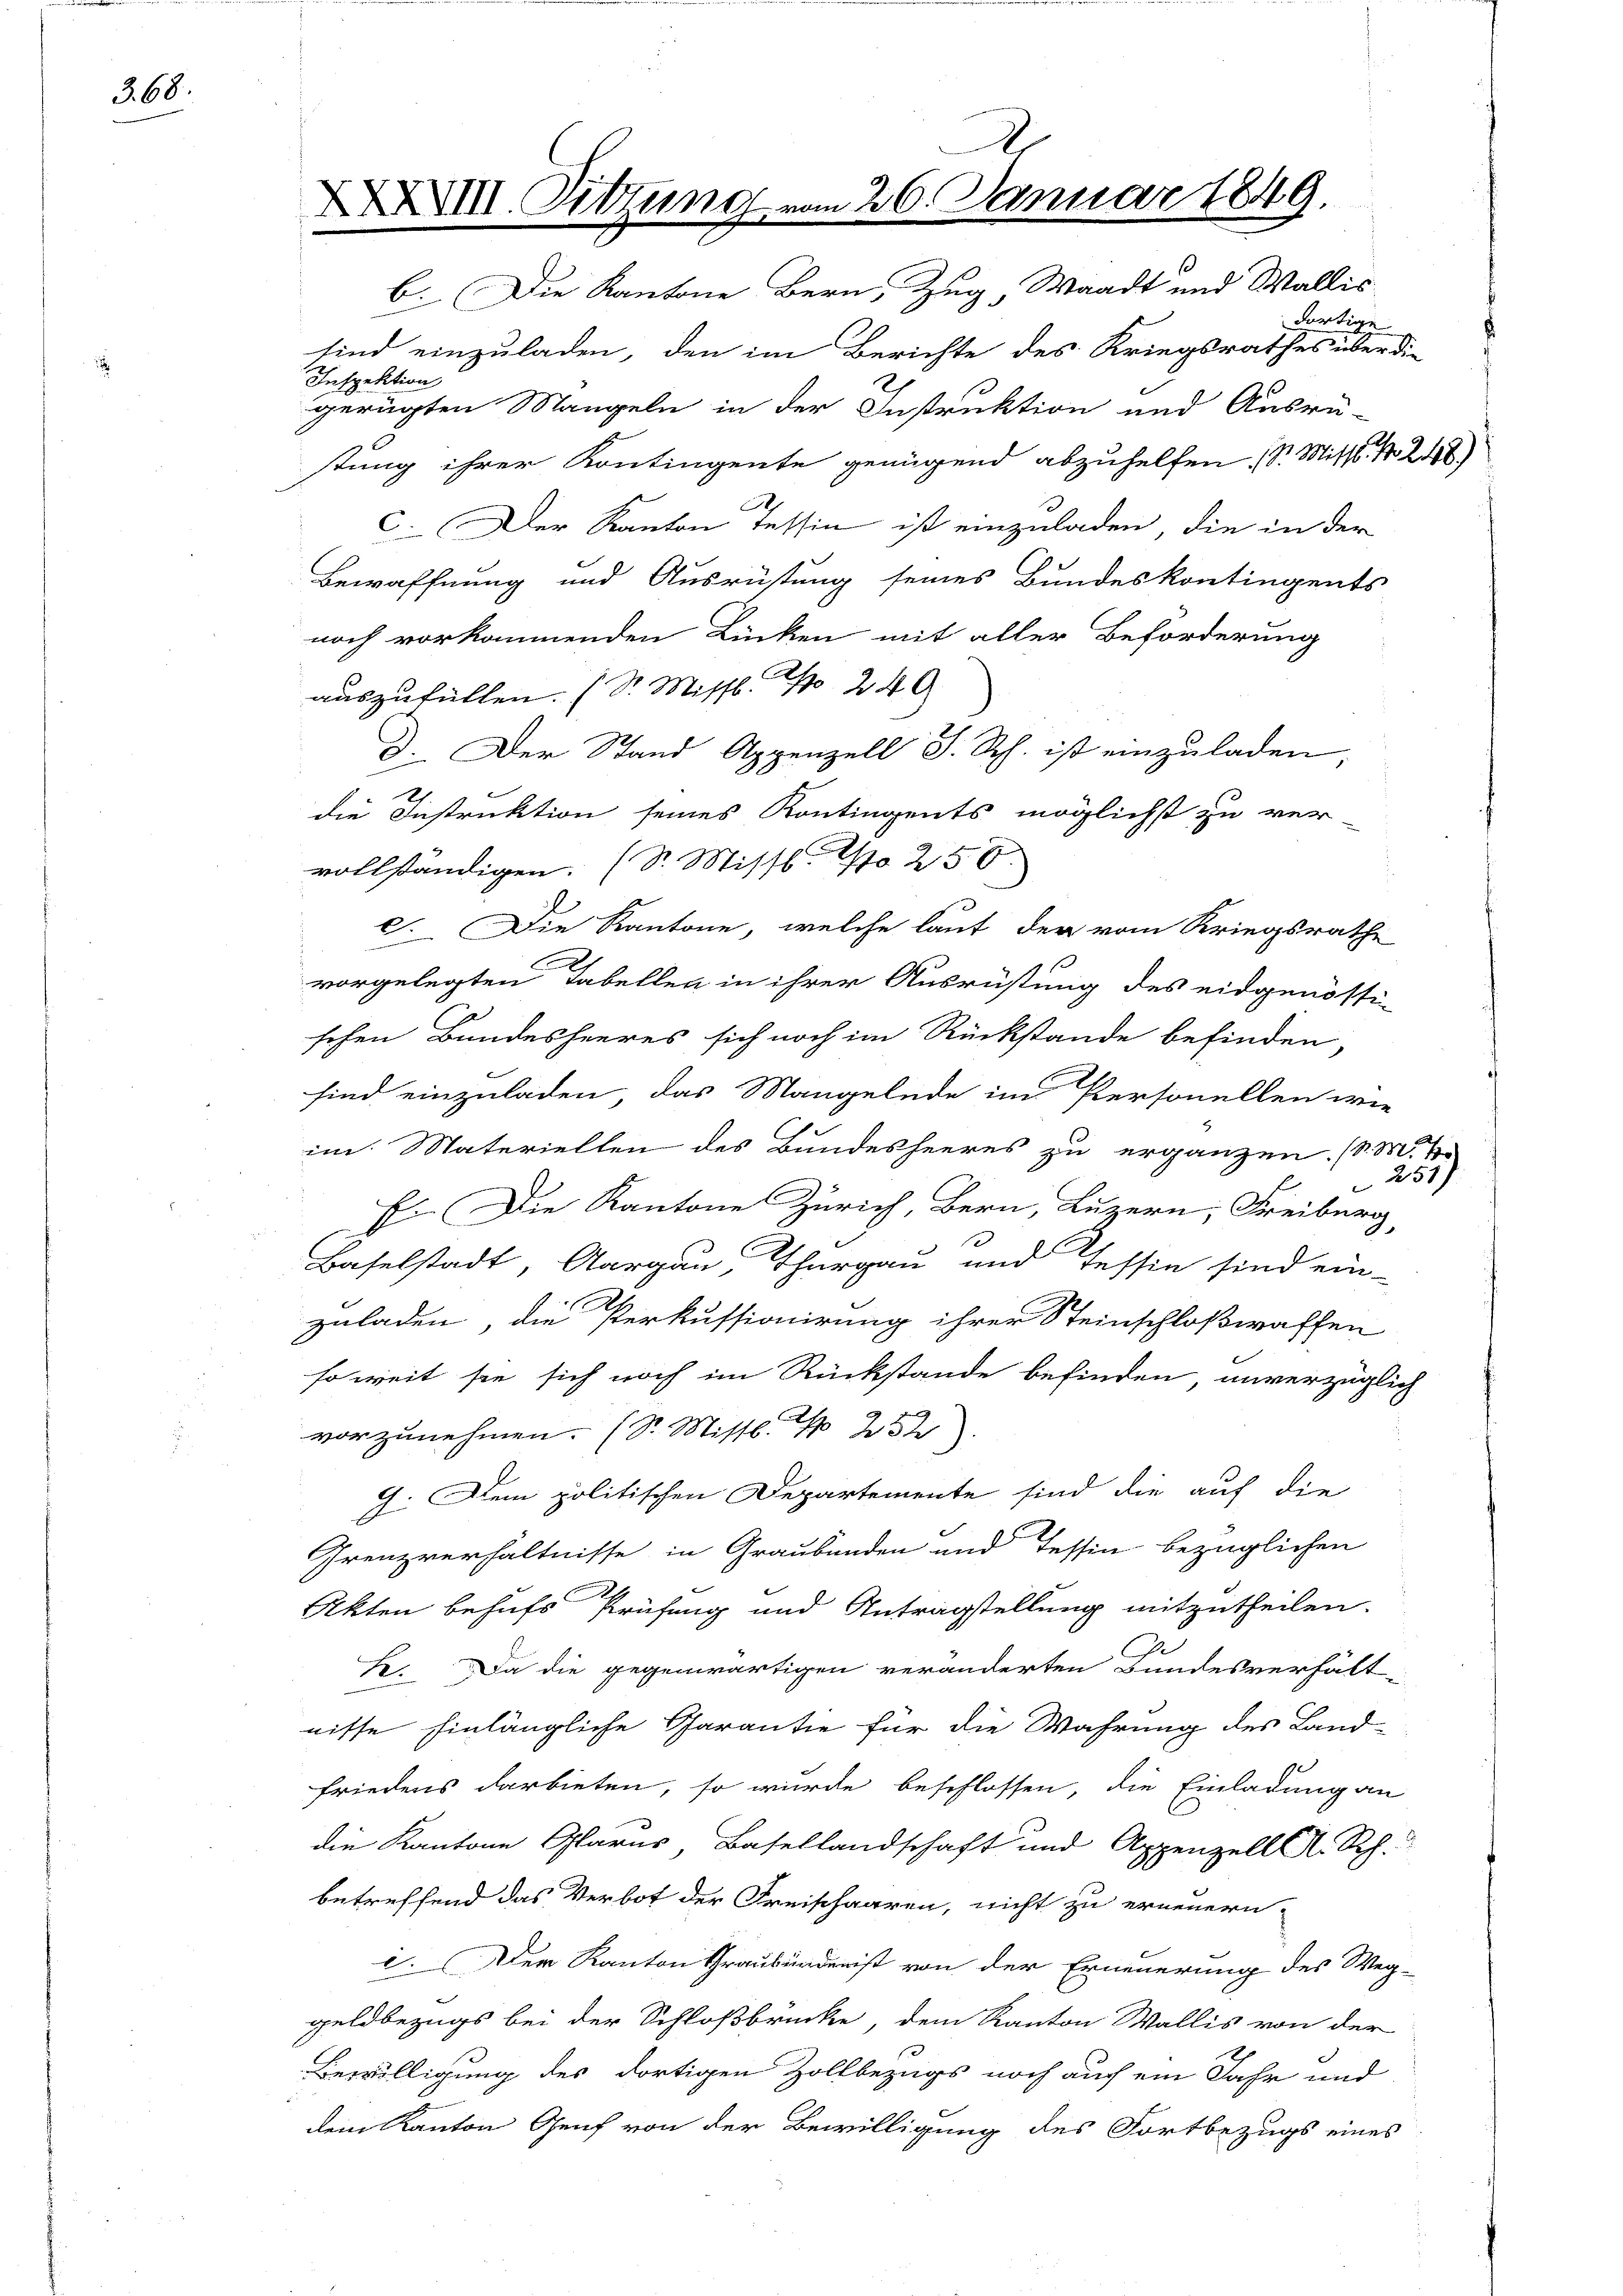
368.

XXXVIII. Sitzung

b. Die Kantone Bern, Zug Waadt und Wallis
sind einzuladen, den im Berichte des Kriegsrathes über die
Inspektion
gerügten Mangeln in der Instruktion und Ausrü-
stung ihrer Kontingente genügend abzuhelfen, Sr. Misst. N. 2188)
c. Der Kanton Tessin ist einzuladen, die in der
Bewaffnung und Ausrüstung seines Bundeskontingents
noch vorkommenden Lücken mit aller Beförderung
auszufüllen. (Dr. Mittl. N 249
D. Der Stand Appenzell I. Rh. ist einzuladen,
2
die Instruktion seines Kontingents möglichst zu ver-
vollständigen. (S. Missb. No 250.
c. Die Kantone, welche laut der vom Kriegsrathe
vorgelegten Tabellen in ihrer Ausrüstung des eidgenössi-
schen Bundesheeres sich noch im Rückstände befinden,
sind einzuladen, das Mangelnde im Personellen wie
im Materiellen des Bundesheeres zu ergänzen. (l. M.
251
E. Die Kantone Zürich, Bern, Luzern, Freiburg,
Baselstadt, Aargau, Thurgau und Tessin sind ein-
zuladen, die Perkussionirung ihrer Steinschloßwaffen
soweit sie sich noch im Rückstände befinden, unverzüglich
vorzunehmen. (S. Missl. N 252)
G. Dem politischen Departemente sind die auf die
Grenzverhältnisse in Graubünden und Tessin bezüglichen
Akten behufs Prüfung und Antragstellung mitzutheilen.
k. Da die gegenwärtigen veränderten Bundesverhält-
nisse hinlängliche Garantie für die Wahrung des Land-
Friedens darbieten, so würde beschlossen, die Einladung an
die Kantone Glarus, Basellandschaft und Appenzell A. Rh.
betreffend das Verbot der Freischaaren, nicht zu erneuern,
i. Der Kanton Graubünderist von der Erneuerung des Weg-
geldbezugs bei der Schloßbrücke, dem Kanton Wallis von der
Bewilligung des dortigen Zollbezugs noch auch ein Jahr und
dem Kanton Genf von der Bewilligung des Fortbezugs eines

26. Januar 1849.

dortige